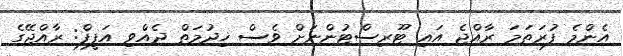
އެންމެ ފުރަތަމަ ރާއްޖެ އައި ޓޫރިސްޓުންނަށް ވެސް ޚިދުމަތް ދެއްވި އަފީފް: ރާއްޖޭގެ